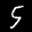
Label: 5